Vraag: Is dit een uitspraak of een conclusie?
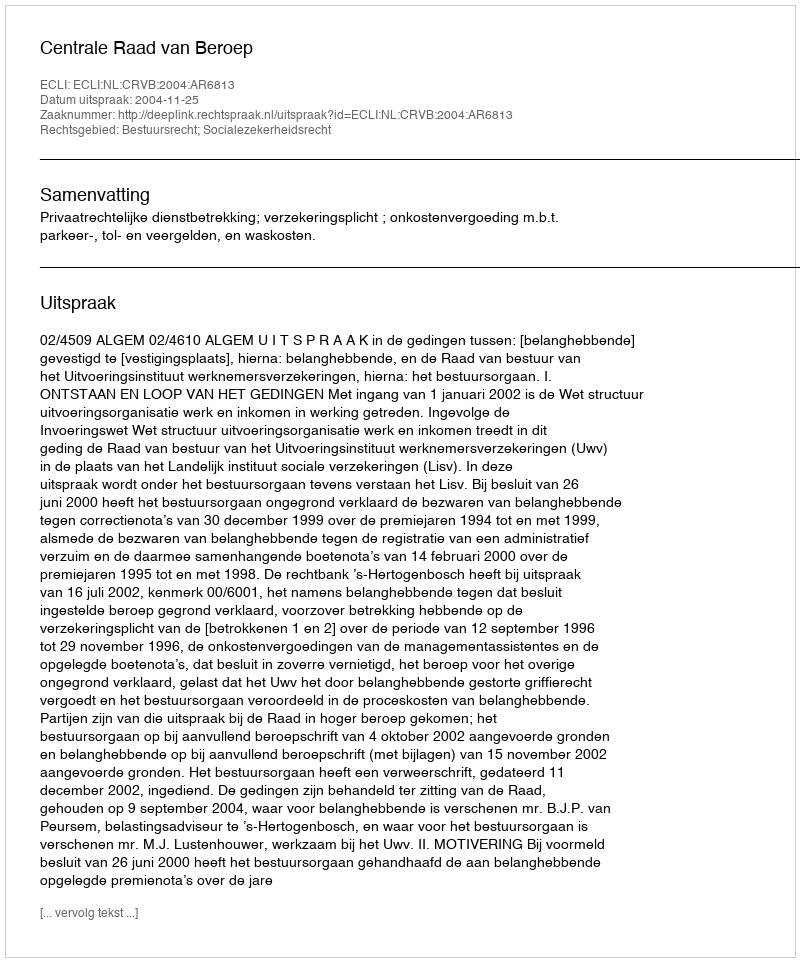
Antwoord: Uitspraak